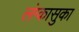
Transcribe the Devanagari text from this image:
लंग्कासुका